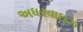
અધરવાઇઝ